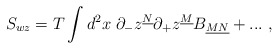
\begin{align*}S_{wz} = T \int d^2 x \;\partial_- z^{\underline{N}}\partial_+ z^{\underline{M}} B_{\underline{MN}} + ... \;,\end{align*}